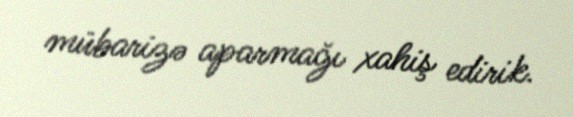
mübarizə aparmağı xahiş edirik.